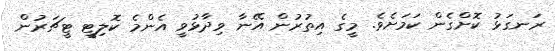
ރަނގަޅު ކޮށްގެން ކަމަށެވެ. މީގެ އިތުރުން އޭނާ ވިދާޅުވީ އެންމެ ކޮލިޓީ ޓީޗަރުން